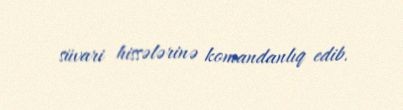
süvari hissələrinə komandanlıq edib.